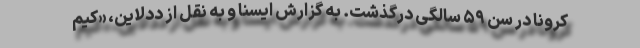
کرونا در سن ۵۹ سالگی درگذشت. به گزارش ایسنا و به نقل از ددلاین، «کیم